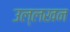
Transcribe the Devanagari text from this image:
उल्लखन